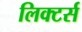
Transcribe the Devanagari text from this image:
लिक्टर्स